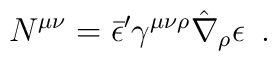
N^{\mu \nu} = \bar \epsilon'\gamma^{\mu \nu \rho}\hat\nabla_{\rho} \epsilon\, \ .